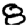
Digit: 8